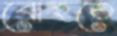
বোহুতে